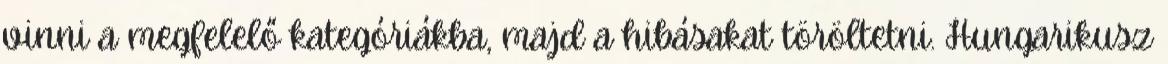
vinni a megfelelő kategóriákba, majd a hibásakat töröltetni. Hungarikusz